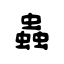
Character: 蟲